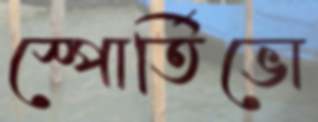
স্পোর্তিভো